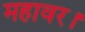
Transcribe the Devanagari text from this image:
महावर।